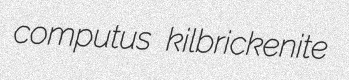
computus kilbrickenite